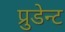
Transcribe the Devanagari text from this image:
प्रुडेन्ट